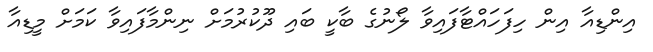
އިންޑިއާ އިން ހިފަހައްޓާފައިވާ ލޯނުގެ ބާކީ ބައި ދޫކުރުމަށް ނިންމާފައިވާ ކަމަށް މީޑިއާ